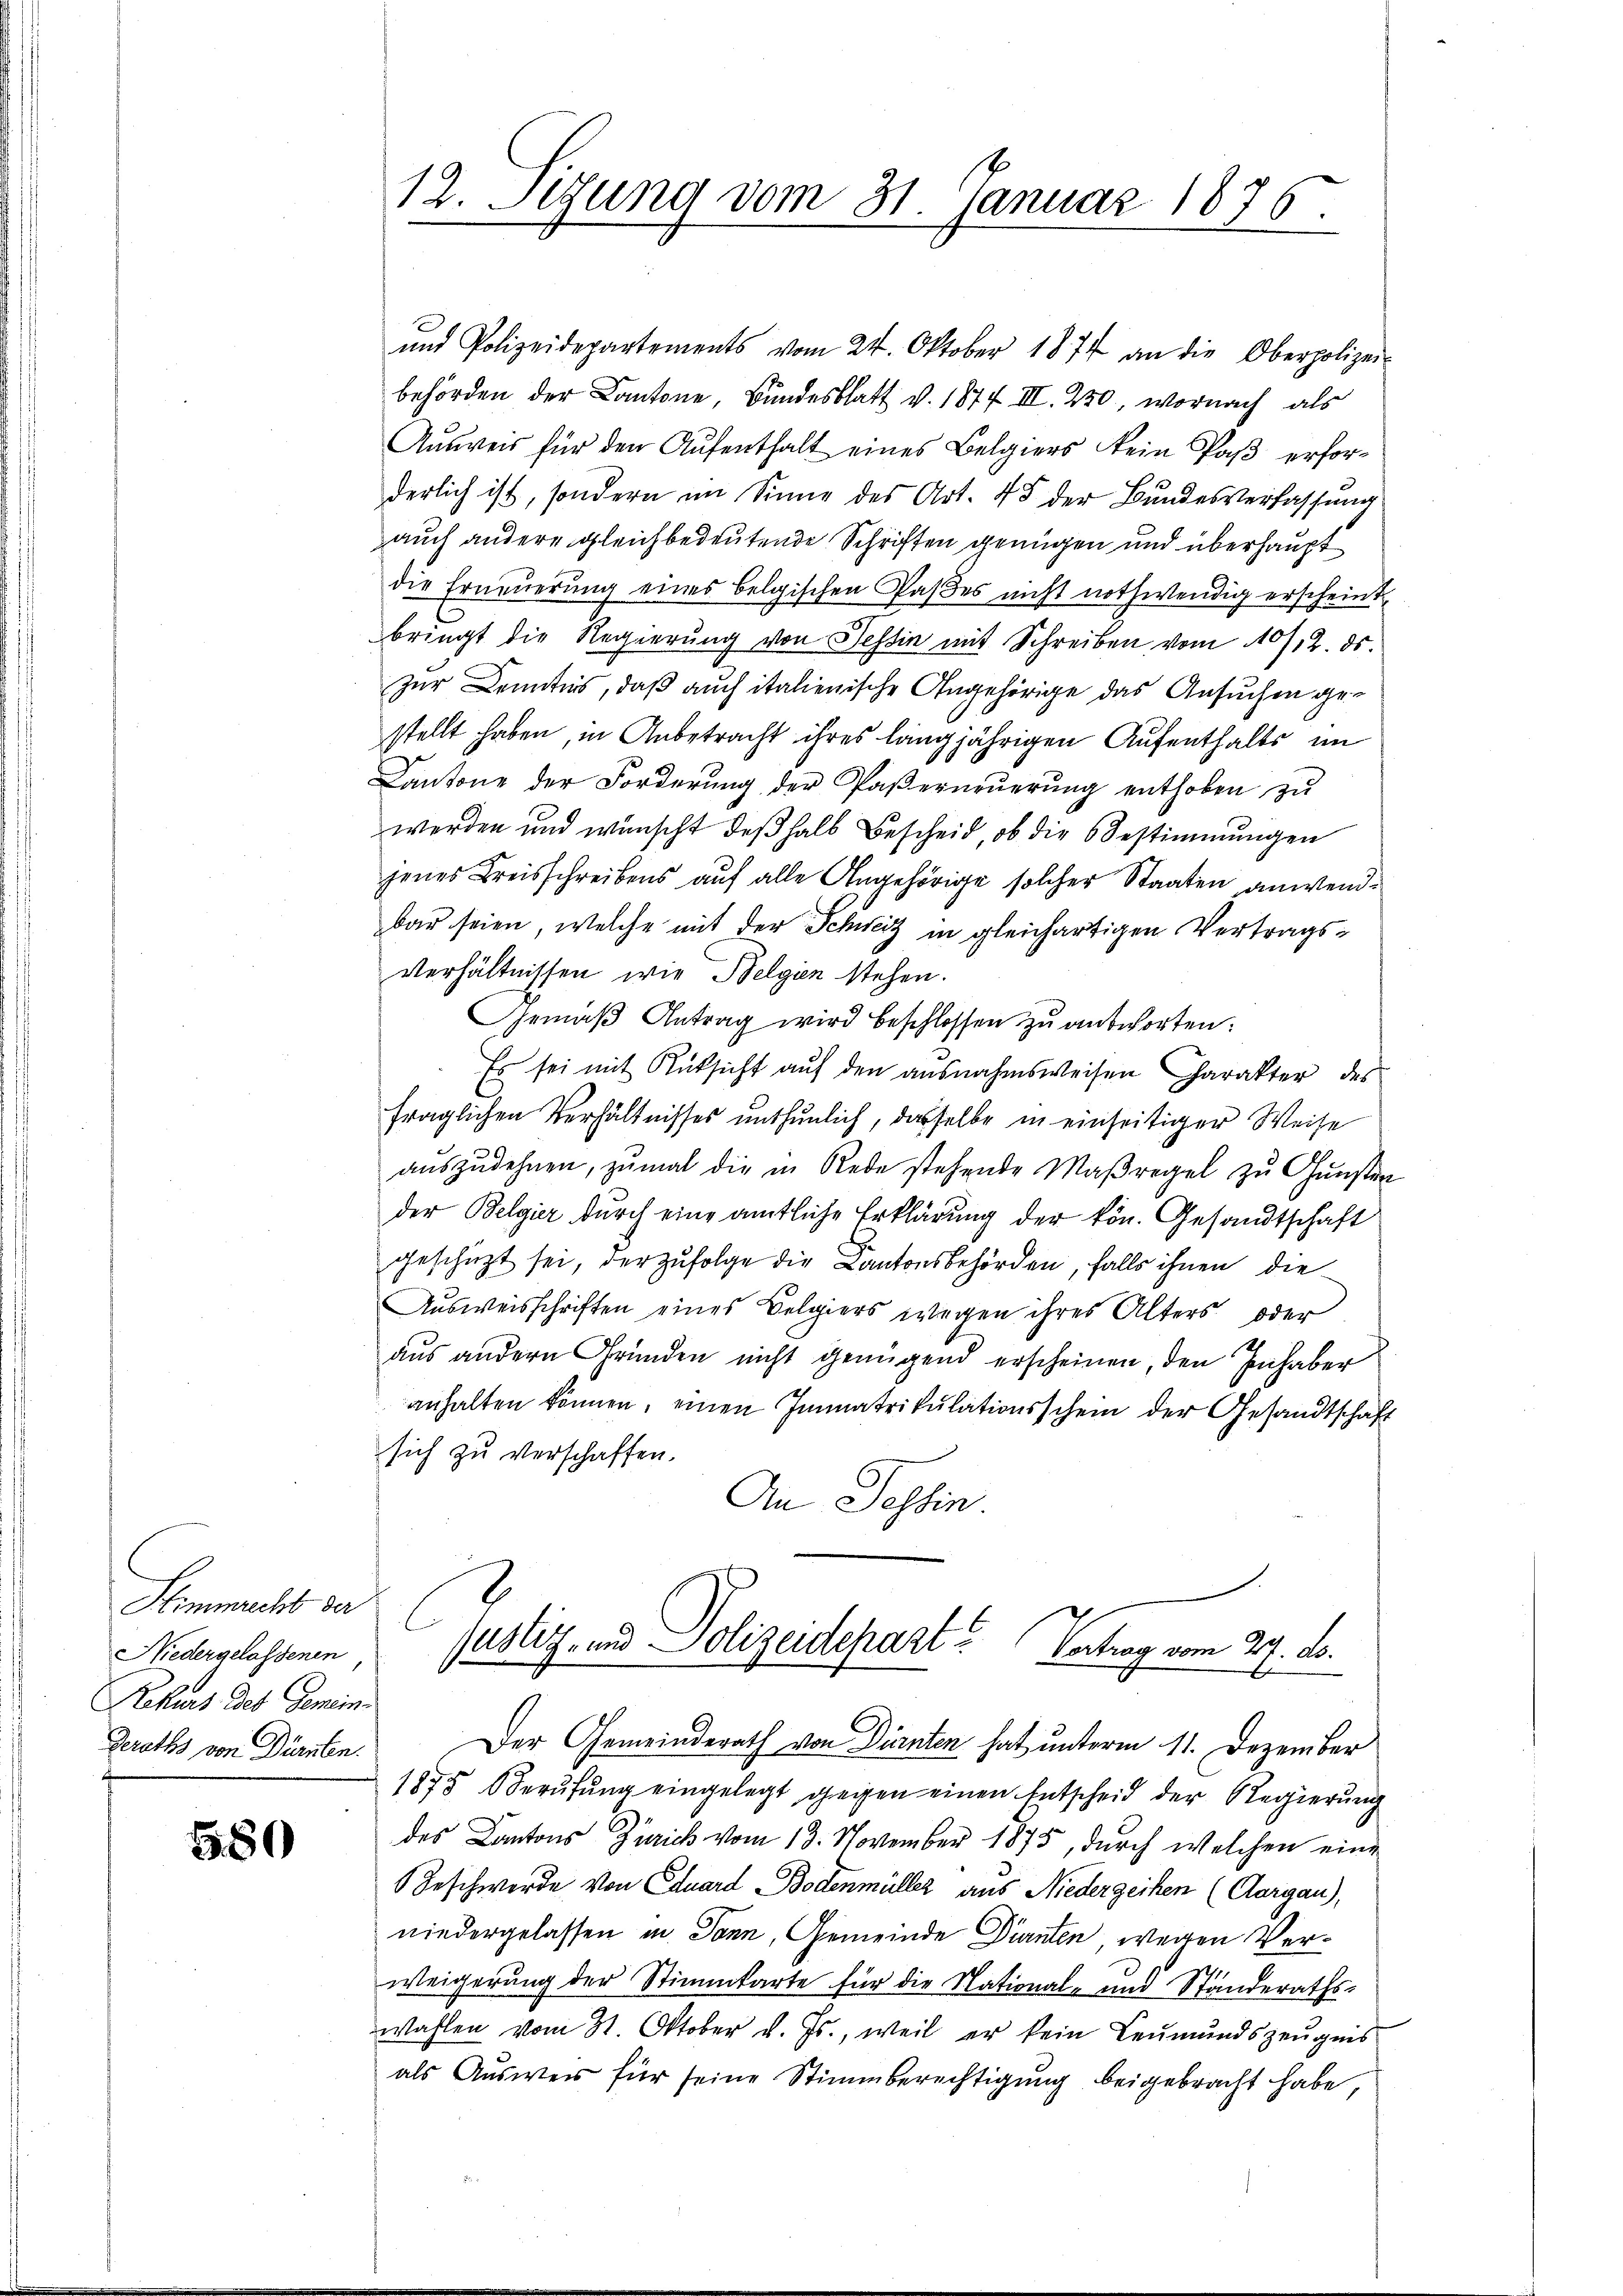
Bremente in
Niedergelassenen
Rekurs des Gemein
Deroths von Dürnten.

580

12. Sezung vom 31. Januar 1876.

ŭnd Polizeidepartements vom 24. Oktober 1874 an die Oberpolizei-
behörden der Cantone, Bundesblatt v. 1877 III. 230, wornach als
Ausweis für den Aufenthalt eines Belgiers kein Paß erforderlich ist, sondern im Sinne des Art. 48 der Bundesverfassung
auch andere gleichbedeutende Schriften genügen und überhaupt
die Erneuerung eines belgischen Paßes nicht nothwendig erscheint,
bringt die Regierung von Tessin mit Schreiben vom 10/12. ds.
zur Kenntnis, daß auch italienische Angehörige das Ansuchen gestellt haben, in Anbetracht ihres langjährigen Aufenthalts im
Cantone der Forderung der Paserneuerung enthoben zu
werden und wünscht deβhalb bescheid, ob die 6 Bestimmungen
jenes Kreisschreibens auf alle Angehörige solcher Staaten anwendbar seien, welche mit der Schweiz in gleichartigen Vertrags¬
Verhältnissen, wie Belgien stehen.
Gemäβ Antrag wird beschlossen zu antworten:
Es sei mit Rüksicht aŭf den ausnahmsweisen Charakter des
fraglichen Verhältnisses unthunlich, dasselbe in einseitiger Weise
auszudehnen, zumal die in Rede stehende Maßregel zu Gunsten
der Belgier durch eine amtliche Erklärung der kön. Gesandtschaft
geschüzt sei, der zufolge die Cantonsbehörden, falls ihnen die
Ausweisschriften eines Belgiers wegen ihres Alters oder
aus andern Gründen nicht genügend erscheinen, den Inhaber
anhalten können, einen Immatrikulationsschein der Gesandtschaft
sich zu verschaffen.
An Tessin
Justiz- und Polizeidepart? Vertrag vom 29. ds.
Der Gemeinderath von Dürnten hat unterm 11. Dezember
1875 Berŭfŭng eingelegt gegen einen Entscheid der Regierung
des Cantons Zürich vom 13. November 1875, durch welchen eine
Beschwerde von Eduard Bodenmüller aus Niedergeichen (Aargau),
niedergelassen in Jann, Gemeinde Dürnten wegen Verweigerung der Stimmkarte für die National- und Standeraths-
wahlen vom 31. Oktober d. Js., weil er kein Leumundszeugnis
als Auswer für seine Stimmberechtigung beigebracht habe,